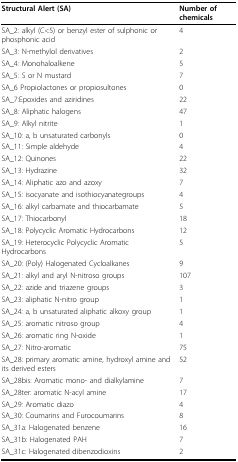
| Structural Alert (SA) | Number of chemicals |
 | --- | --- |
 | SA_2: alkyl (C<5) or benzyl ester of sulphonic or phosphonic acid | 4 |
 | SA_3: N-methylol derivatives | 2 |
 | SA_4: Monohaloalkene | 5 |
 | SA_5: S or N mustard | 7 |
 | SA_6 Propiolactones or propiosultones | 0 |
 | SA_7:Epoxides and aziridines | 22 |
 | SA_8: Aliphatic halogens | 47 |
 | SA_9: Alkyl nitrite | 1 |
 | SA_10: a, b unsaturated carbonyls | 0 |
 | SA_11: Simple aldehyde | 4 |
 | SA_12: Quinones | 22 |
 | SA_13: Hydrazine | 32 |
 | SA_14: Aliphatic azo and azoxy | 7 |
 | SA_15: isocyanate and isothiocyanategroups | 4 |
 | SA_16: alkyl carbamate and thiocarbamate | 5 |
 | SA_17: Thiocarbonyl | 18 |
 | SA_18: Polycyclic Aromatic Hydrocarbons | 12 |
 | SA_19: Heterocyclic Polycyclic Aromatic Hydrocarbons | 5 |
 | SA_20: (Poly) Halogenated Cycloalkanes | 9 |
 | SA_21: alkyl and aryl N-nitroso groups | 107 |
 | SA_22: azide and triazene groups | 3 |
 | SA_23: aliphatic N-nitro group | 1 |
 | SA_24: a, b unsaturated aliphatic alkoxy group | 1 |
 | SA_25: aromatic nitroso group | 4 |
 | SA_26: aromatic ring N-oxide | 1 |
 | SA_27: Nitro-aromatic | 75 |
 | SA_28: primary aromatic amine, hydroxyl amine and its derived esters | 52 |
 | SA_28bis: Aromatic mono- and dialkylamine | 7 |
 | SA_28ter: aromatic N-acyl amine | 17 |
 | SA_29: Aromatic diazo | 4 |
 | SA_30: Coumarins and Furocoumarins | 8 |
 | SA_31a: Halogenated benzene | 16 |
 | SA_31b: Halogenated PAH | 7 |
 | SA_31c: Halogenated dibenzodioxins | 2 |